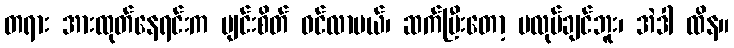
တရား အားထုတ်နေရင်းက ပျင်းစိတ် ဝင်လာမယ်၊ ဆက်ပြီးတော့ မလုပ်ချင်ဘူး၊ အဲဒါ ထိန။